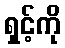
ရှင့်ကို